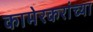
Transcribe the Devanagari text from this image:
कामेरकरांच्या